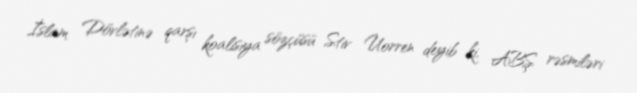
İslam Dövlətinə qarşı koalisiya sözçüsü Stiv Uorren deyib ki, ABŞ rəsmiləri